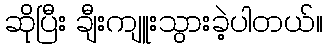
ဆိုပြီး ချီးကျူးသွားခဲ့ပါတယ်။